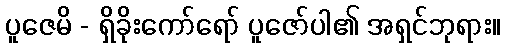
ပူဇေမိ - ရှိခိုးကော်ရော် ပူဇော်ပါ၏ အရှင်ဘုရား။